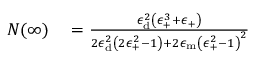
\begin{array} { r l } { N ( \infty ) } & { { } = \frac { \epsilon _ { \mathrm { { d } } } ^ { 2 } \left( \epsilon _ { \mathrm { + } } ^ { 3 } + \epsilon _ { \mathrm { + } } \right) } { 2 \epsilon _ { \mathrm { { d } } } ^ { 2 } \left( 2 \epsilon _ { \mathrm { + } } ^ { 2 } - 1 \right) + 2 \epsilon _ { \mathrm { { m } } } \left( \epsilon _ { \mathrm { + } } ^ { 2 } - 1 \right) ^ { 2 } } } \end{array}